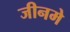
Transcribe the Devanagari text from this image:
जीनमे